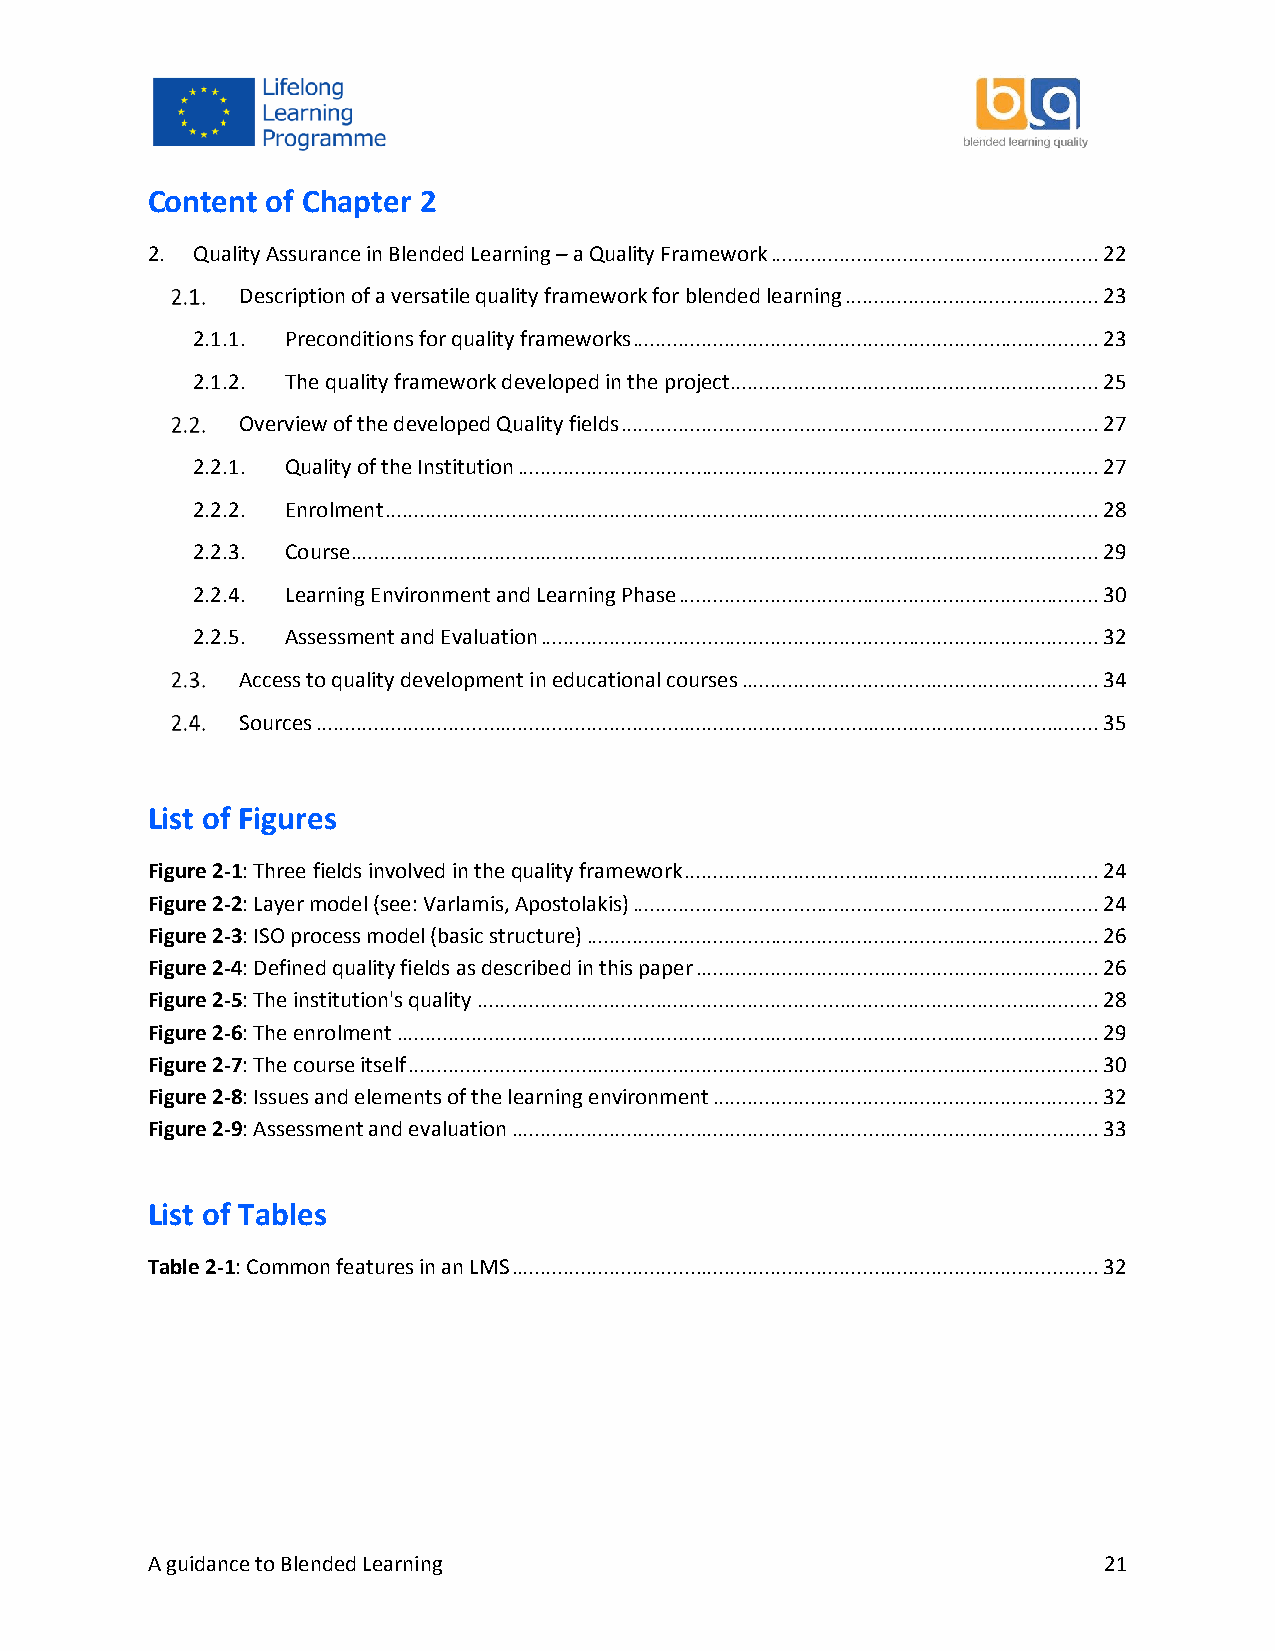
Content of Chapter 2
 2. Quality Assurance in Blended Learning – a Quality Framework ......................................................... 22
 Description of a versatile quality framework for blended learning ............................................ 23
 2.1.1. Preconditions for quality frameworks ................................................................................. 23
 2.1.2. The quality framework developed in the project ................................................................ 25
 Overview of the developed Quality fields ................................................................................... 27
 2.2.1. Quality of the Institution ..................................................................................................... 27
 2.2.2. Enrolment ............................................................................................................................ 28
 2.2.3. Course .................................................................................................................................. 29
 2.2.4. Learning Environment and Learning Phase ......................................................................... 30
 2.2.5. Assessment and Evaluation ................................................................................................. 32
 Access to quality development in educational courses .............................................................. 34
 Sources ........................................................................................................................................ 35
 List of Figures
 Figure 2-1: Three fields involved in the quality framework ........................................................................ 24
 Figure 2-2: Layer model (see: Varlamis, Apostolakis) ................................................................................. 24
 Figure 2-3: ISO process model (basic structure) ......................................................................................... 26
 Figure 2-4: Defined quality fields as described in this paper ...................................................................... 26
 Figure 2-5: The institution's quality ............................................................................................................ 28
 Figure 2-6: The enrolment .......................................................................................................................... 29
 Figure 2-7: The course itself ........................................................................................................................ 30
 Figure 2-8: Issues and elements of the learning environment ................................................................... 32
 Figure 2-9: Assessment and evaluation ...................................................................................................... 33
 List of Tables
 Table 2-1: Common features in an LMS ...................................................................................................... 32
 A guidance to Blended Learning                                 21